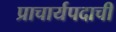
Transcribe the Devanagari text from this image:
प्राचार्यपदाची